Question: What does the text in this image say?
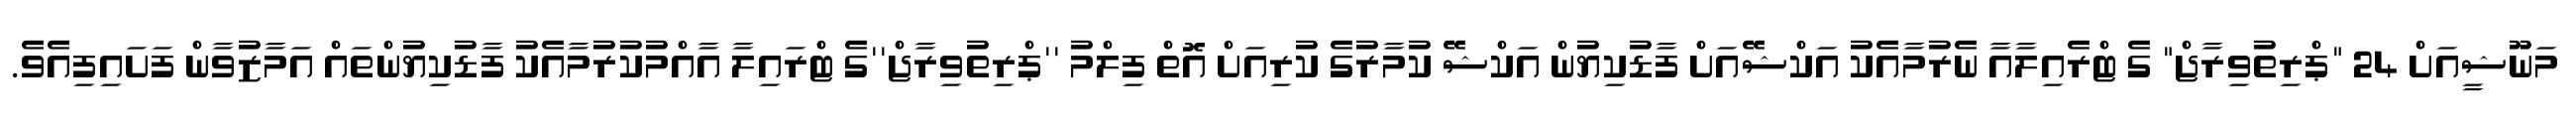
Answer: މަނޫޝީއަށް 24 "ޕްރިތުވިރާޖް" ގެ ޓްރެއިލާއާ ނެރުމާއެކު އަކްޝޭއަށް ފާޑުކިޔުން އަކްޝޭ ކުމާރުގެ ކުރިއަށް އޮތް ފިލްމު ''ޕްރިތުވިރާޖް''ގެ ޓްރައިލާ އާއްމުކުރުމާއެކު ފާޑުކިޔުންތައް އަމާޒުވާން ފަށައިފިއެވެ.